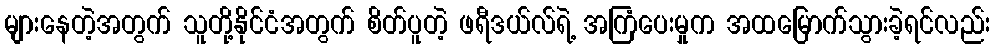
များနေတဲ့အတွက် သူတို့နိုင်ငံအတွက် စိတ်ပူတဲ့ ဖရီဒယ်လ်ရဲ့ အကြံပေးမှုက အထမြောက်သွားခဲ့ရင်လည်း